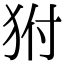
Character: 𤝔